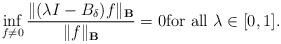
LaTeX: \begin{align*}\inf_{f\ne 0} \frac{\|(\lambda I-B_{\delta}) f\|_{\mathbf{B}}}{\|f\|_{\mathbf{B}}}=0 {\rm for \ all} \ \lambda\in [0,1]. \end{align*}